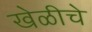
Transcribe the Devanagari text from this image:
खेळीचे